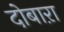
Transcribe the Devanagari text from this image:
दोबाऱा